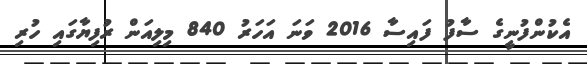
އެކުންފުނީގެ ސާފު ފައިސާ 2016 ވަނަ އަހަރު 840 މިލިއަން ރުފިޔާގައި ހުރި